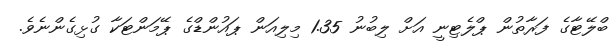
ބްލޭޓާގެ ފަރާތުން ޕްލެޓިނީ އަށް ލިބުނު 1.35 މިލިއަން ޕައުންޑްގެ ޕޭމަންޓަކާ ގުޅިގެންނެވެ.